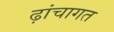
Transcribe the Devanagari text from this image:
ढ़ांचागत